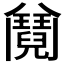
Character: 𩰕